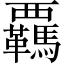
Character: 覊